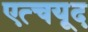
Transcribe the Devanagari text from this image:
एत्चयूद